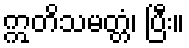
ဣတိသမတ္တံ၊ ပြီး။